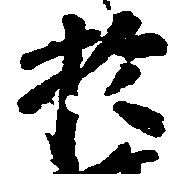
於